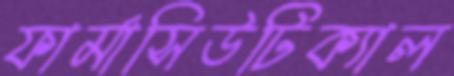
ফার্মাসিউটিক্যাল